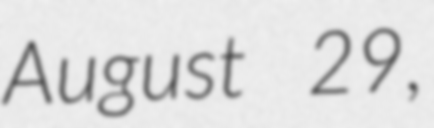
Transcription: August 29,